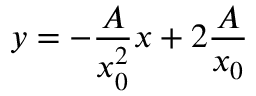
y = - { \frac { A } { x _ { 0 } ^ { 2 } } } x + 2 { \frac { A } { x _ { 0 } } }